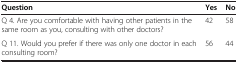
| Question | Yes | No |
 | --- | --- | --- |
 | Q 4. Are you comfortable with having other patients in the same room as you, consulting with other doctors? | 42 | 58 |
 | Q 11. Would you prefer if there was only one doctor in each consulting room? | 56 | 44 |